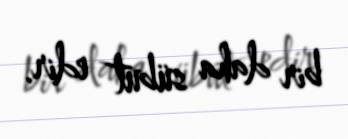
bir daha sübut edir.